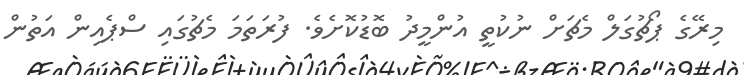
މިރޭގެ ޕޯޗުގަލް މެޗަށް ނުކުތީ އުންމީދު ބޮޑުކޮށެވެ. ފުރަތަމަ މެޗުގައި ސްޕެއިން އަތުން